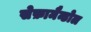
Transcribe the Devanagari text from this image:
सेफ़ामैन्डोल